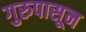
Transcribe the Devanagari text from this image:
गुरुपासून